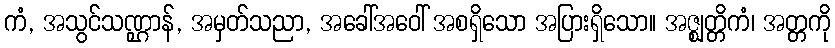
ကံ, အသွင်သဏ္ဌာန်, အမှတ်သညာ, အခေါ်အဝေါ် အစရှိသော အပြားရှိသော။ အဇ္ဈတ္တိကံ၊ အတ္တကို